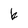
Character: k